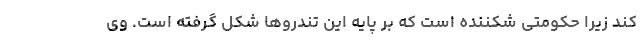
کند زیرا حکومتی شکننده است که بر پایه این تندروها شکل گرفته است. وی